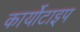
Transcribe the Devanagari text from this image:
कार्योटाइप